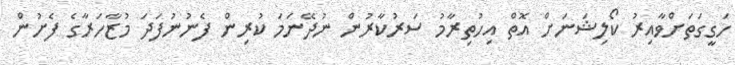
ހަގީގަތަށްވާއިރު ކޯލިޝަނަށް އޮތް އިހުތިރާމު ސަރުކާރުން ނުދޭނަމަ ކުރިން ފެނުނުފަދަ މުޒާހަރާގެ ފެށުން